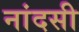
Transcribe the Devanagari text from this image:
नांदसी